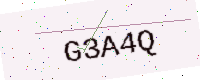
Text: G3A4Q